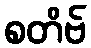
စတိဗ်